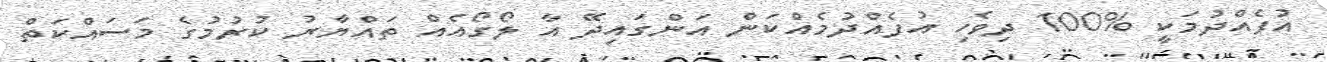
އުފެއްދުމަކީ %100 ދިވެހި އުފެއްދުމެއްކަން އަންގައިދޭ އާ ލޯގޯއެއް ތައްޔާރު ކުރުމުގެ މަސައްކަތް